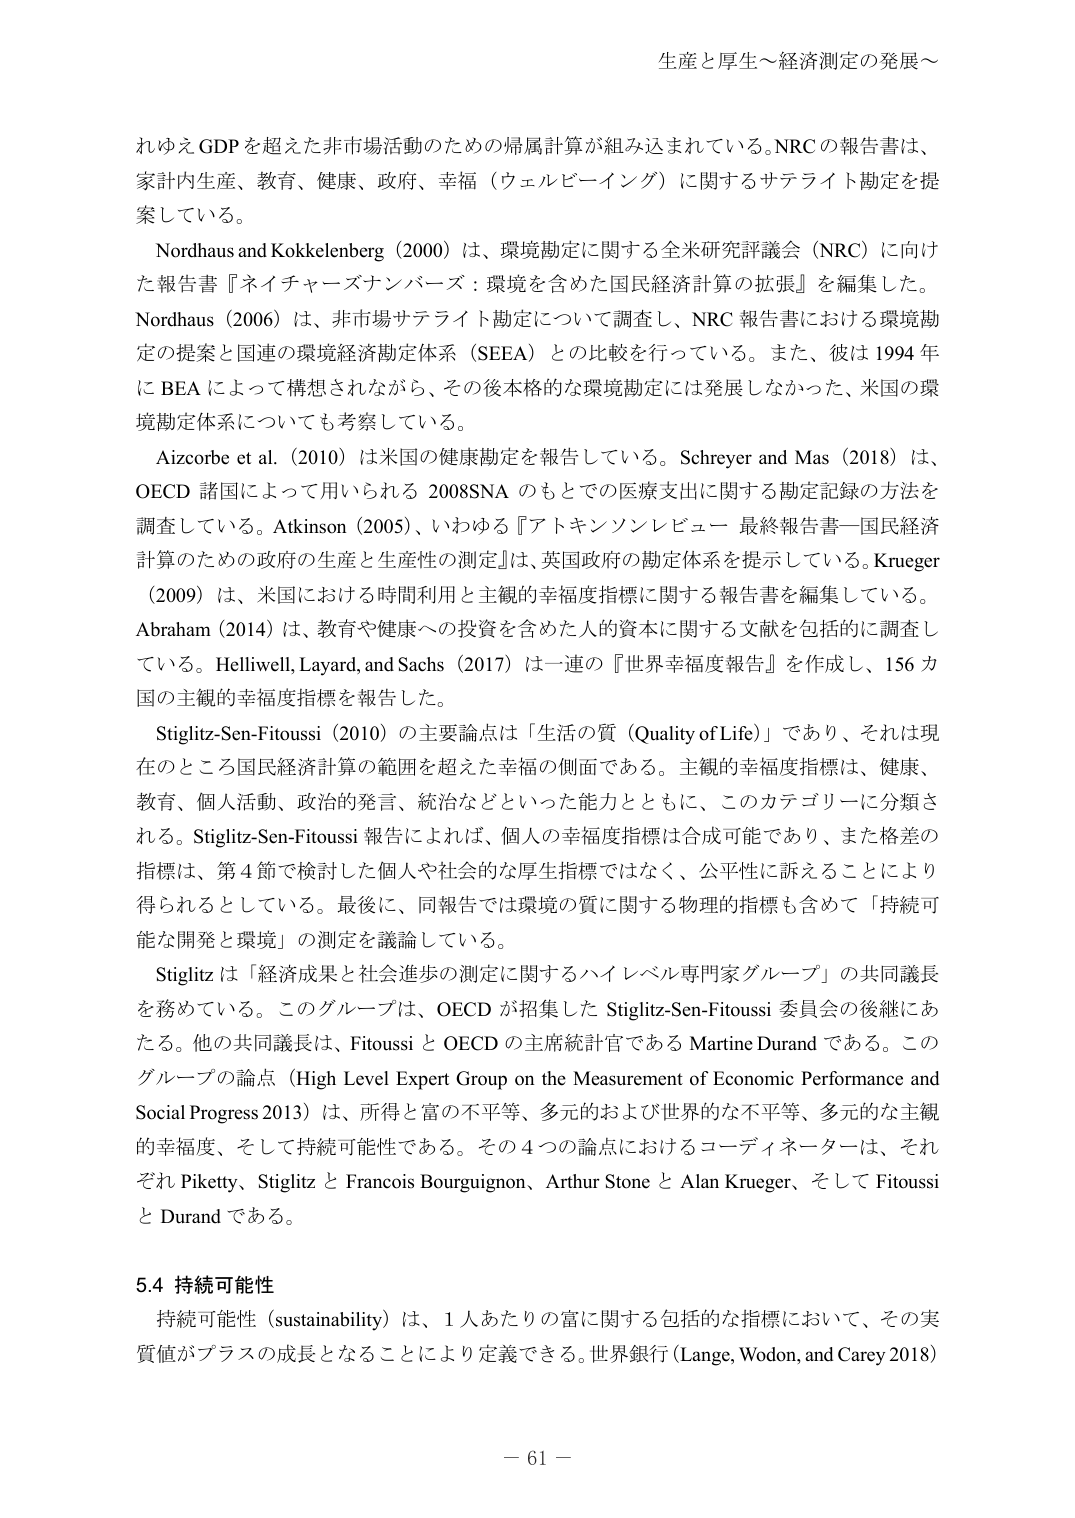
生産と厚生～経済測定の発展～

れゆえGDPを超えた非市場活動のための帰属計算が組み込まれている。NRCの報告書は、
家計内生産、教育、健康、政府、幸福（ウェルビーイング）に関するサテライト勘定を提
案している。

Nordhaus and Kokkelenberg（2000）は、環境勘定に関する全米研究評議会（NRC）に向け
た報告書『ネイチャーズナンバーズ：環境を含めた国民経済計算の拡張』を編集した。
Nordhaus（2006）は、非市場サテライト勘定について調査し、NRC 報告書における環境勘
定の提案と国連の環境経済勘定体系（SEEA）との比較を行っている。また、彼は1994 年
に BEA によって構想されながら、その後本格的な環境勘定には発展しなかった、米国の環
境勘定体系についても考察している。

Aizcorbe et al.（2010）は米国の健康勘定を報告している。Schreyer and Mas（2018）は、
OECD 諸国によって用いられる 2008SNA のもとでの医療支出に関する勘定記録の方法を
調査している。Atkinson（2005）、いわゆる『アトキンソンレビュー 最終報告書―国民経済
計算のための政府の生産と生産性の測定』は、英国政府の勘定体系を提示している。Krueger
（2009）は、米国における時間利用と主観的幸福度指標に関する報告書を編集している。
Abraham（2014）は、教育や健康への投資を含めた人的資本に関する文献を包括的に調査し
ている。Helliwell, Layard, and Sachs（2017）は一連の『世界幸福度報告』を作成し、156 カ
国の主観的幸福度指標を報告した。

Stiglitz-Sen-Fitoussi（2010）の主要論点は「生活の質（Quality of Life）」であり、それは現
在のところ国民経済計算の範囲を超えた幸福の側面である。主観的幸福度指標は、健康、
教育、個人活動、政治的発言、統治などといった能力とともに、このカテゴリーに分類さ
れる。Stiglitz-Sen-Fitoussi 報告によれば、個人の幸福度指標は合成可能であり、また格差の
指標は、第4節で検討した個人や社会的な厚生指標ではなく、公平性に訴えることにより
得られるとしている。最後に、同報告では環境の質に関する物理的指標も含めて「持続可
能な開発と環境」の測定を議論している。

Stiglitz は「経済成果と社会進歩の測定に関するハイレベル専門家グループ」の共同議長
を務めている。このグループは、OECD が招集した Stiglitz-Sen-Fitoussi 委員会の後継にあ
たる。他の共同議長は、Fitoussi と OECD の主席統計官である Martine Durand である。この
グループの論点（High Level Expert Group on the Measurement of Economic Performance and
Social Progress 2013）は、所得と富の不平等、多元的および世界的な不平等、多元的な主観
的幸福度、そして持続可能性である。その4つの論点におけるコーディネーターは、それ
ぞれ Piketty、Stiglitz と Francois Bourguignon、Arthur Stone と Alan Krueger、そして Fitoussi
と Durand である。

5.4 持続可能性
持続可能性（sustainability）は、1人あたりの富に関する包括的な指標において、その実
質値がプラスの成長となることにより定義できる。世界銀行（Lange, Wodon, and Carey 2018）

－ 61 －